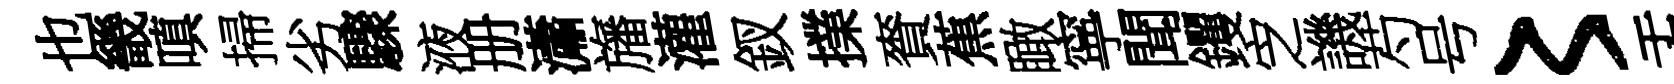
也畿嗔掃劣驟液册瀟旛灌釵擈賚蕉瞰寧聞钁㝎譏芍号〻盂